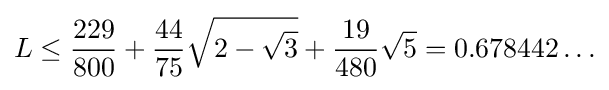
L\leq {\frac {229}{800}}+{\frac {44}{75}}{\sqrt {2-{\sqrt {3}}}}+{\frac {19}{480}}{\sqrt {5}}=0.678442\ldots